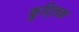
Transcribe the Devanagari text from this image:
कुद्लिक